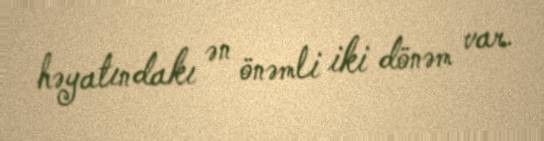
həyatındakı ən önəmli iki dönəm var.